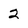
Character: 2